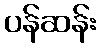
ပန်ဆန်း